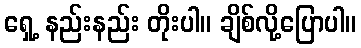
ရှေ့ နည်းနည်း တိုးပါ။ ချိစ်လို့ပြောပါ။